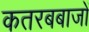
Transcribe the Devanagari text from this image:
कतरबबाजों